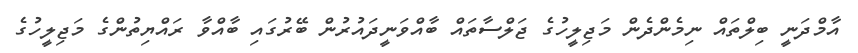
އާމްދަނީ ބިލްތައް ނިމެންދެން މަޖިލީހުގެ ޖަލްސާތައް ބާއްވަނީދައުރުން ބޭރުގައި ބާއްވާ ރައްޔިތުންގެ މަޖިލީހުގެ